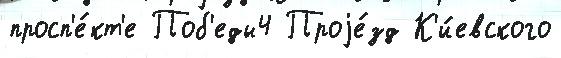
просп'е́кт'е Поб'еды4 Проjе́зд К'и́евского